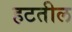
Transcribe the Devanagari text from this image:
हटतील